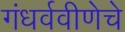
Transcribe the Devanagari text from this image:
गंधर्ववीणेचे